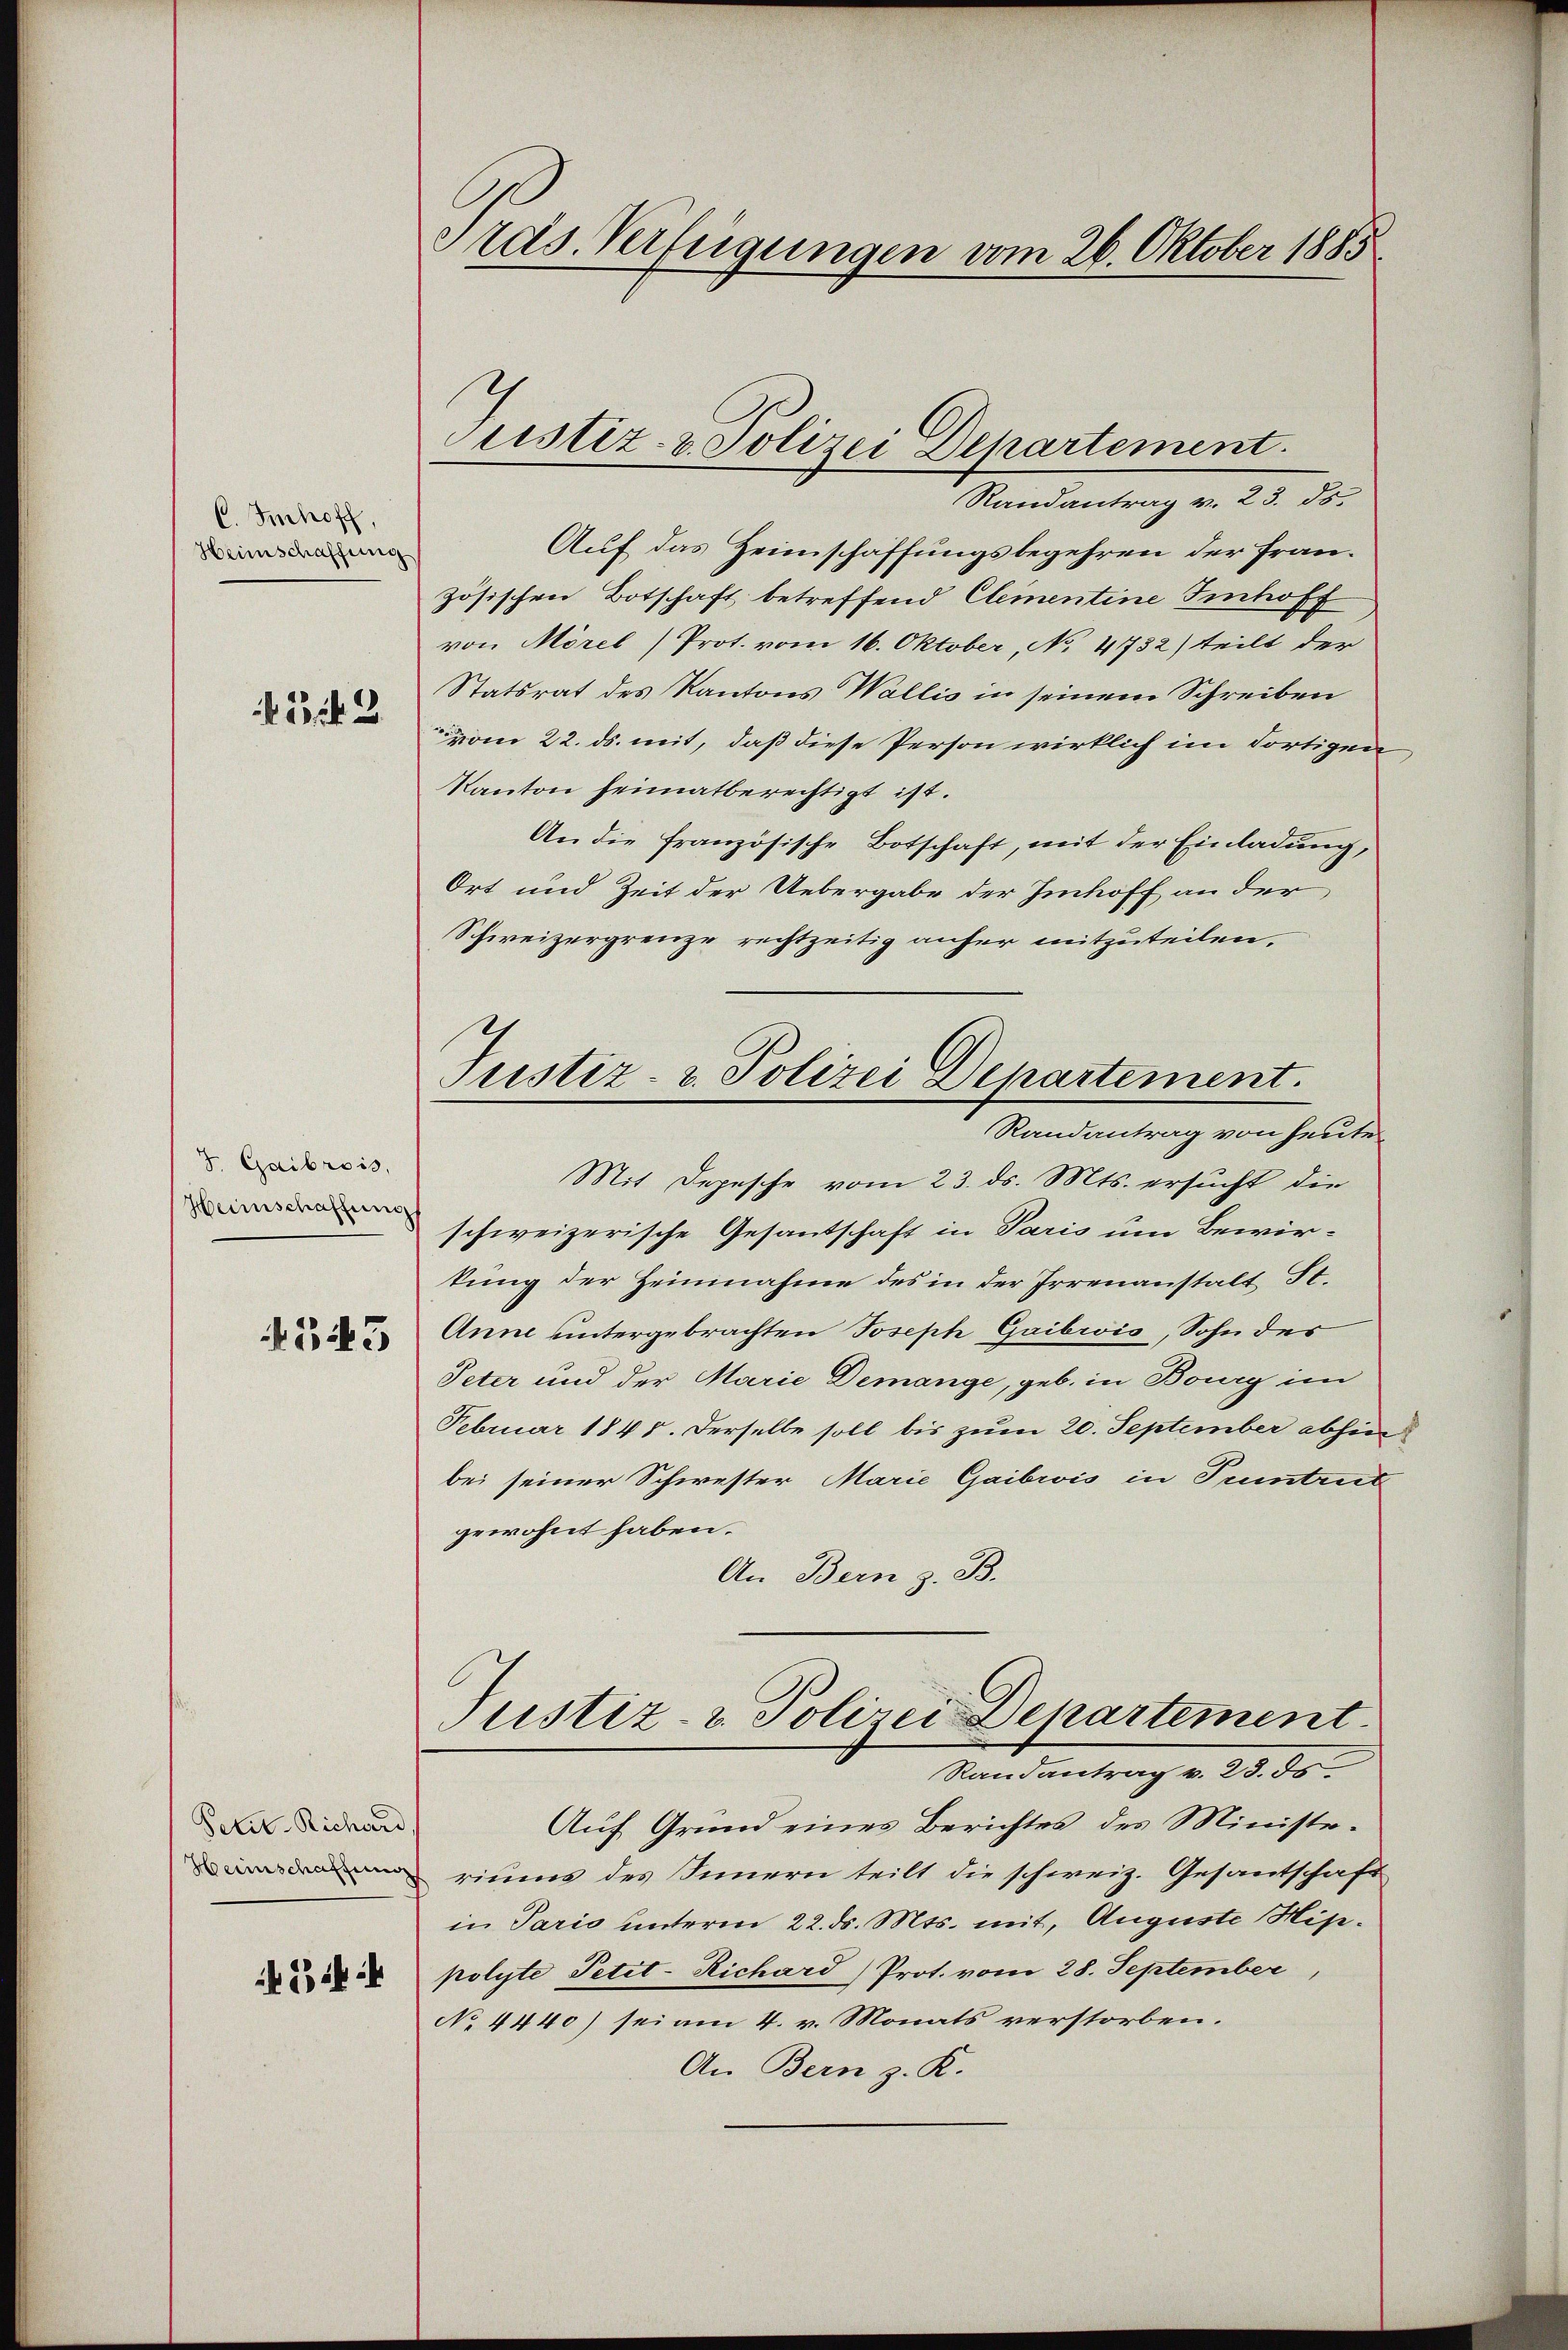
C. Imhoff,
Heimschaffung

232. 3.

S. Gaibrois,
Heimschaffung

543

Petit. Richard,

’ ih

Präs. Verfügungen vom 26. Oktober 1885

Randantrag v. 23. ds.
Auf das Heimschaffungsbegehren der Französischen Botschaft betreffend Clementine Imhoff
von Morel (Prot. vom 16. Oktober, No 4732) teilt der
Statsrat des Kantons Wallis in seinem Schreiben
vom 22. ds. mit, daß diese Person wirklich im dortigen
Kanton heimatberechtigt ist.
An die französische Botschaft, mit der Einladung,
Ort und Zeit der Uebergabe der Imhoff an der
Schweizergrenze rechtzeitig anher mitzuteilen.
Mit Depesche vom 23. ds. Mts. ersucht, die
schweizerische Gesandschaft in Paris um Bewirtung der Heinnahme des in der Irrenanstalt St.
Anne untergebrachten Joseph Gaibrois, Sohn des
Peter und der Marie Demange, geb. in Bourg im
Februar 1848. Derselbe soll bis zum 20. September abhin
bei seiner Schwester Marie Gaibivis in Pruntrut
gewohnt haben.
An Bern z. B.
Justiz- & Polizei Departement
Randantrag v. 23. ds
Auf Grund eines Berichtes des Ministeriums des Innern teilt die schweiz. Gesantschaft
in Pario unterm 22. ds. Mts. mit, Auguste Hippolyte Petit-Richard) Prot. vom 28. September,
No 4440) sei am 4. v. Monats verstorben.
An Bern z. K.

Justiz- & Polizei Departement

4
Justiz- & Polizei Departement.
Randantrag von heute¬